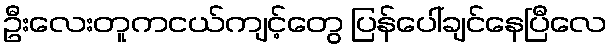
ဦးလေးတူကငယ်ကျင့်တွေ ပြန်ပေါ်ချင်နေပြီလေ